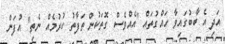
އަދި އެ ބާބުގައިވާ ހައްގުތައް "އެއްވެސް ގޮތަކުން ތަފާތު ކުރުމެއް ނެތި" އުފަން